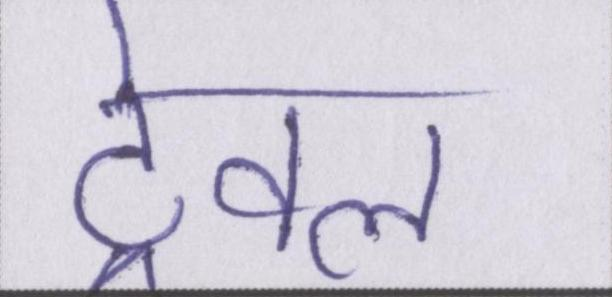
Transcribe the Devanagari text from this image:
ट्रेवल